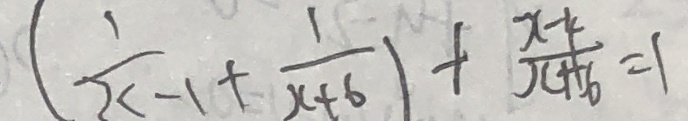
( \frac { 1 } { x - 1 } + \frac { 1 } { x + 6 } ) + \frac { x - 4 } { ( x + 1 6 ) } = 1